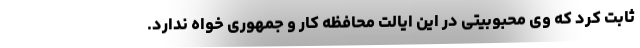
ثابت کرد که وی محبوبیتی در این ایالت محافظه کار و جمهوری خواه ندارد.